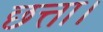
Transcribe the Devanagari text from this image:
छत्ता।